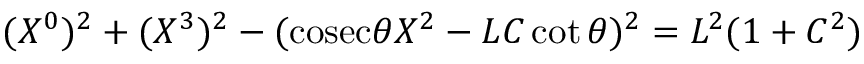
( X ^ { 0 } ) ^ { 2 } + ( X ^ { 3 } ) ^ { 2 } - ( \mathrm { c o s e c } \theta X ^ { 2 } - L C \cot \theta ) ^ { 2 } = L ^ { 2 } ( 1 + C ^ { 2 } )